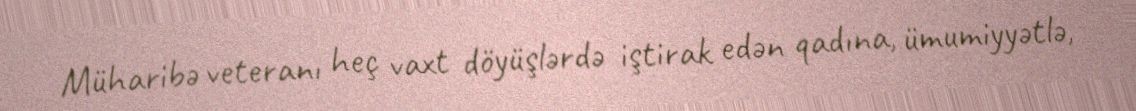
Müharibə veteranı heç vaxt döyüşlərdə iştirak edən qadına, ümumiyyətlə,